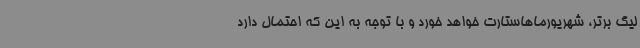
لیگ برتر، شهریورماهاستارت خواهد خورد و با توجه به این که احتمال دارد